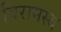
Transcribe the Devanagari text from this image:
विरामस्थ